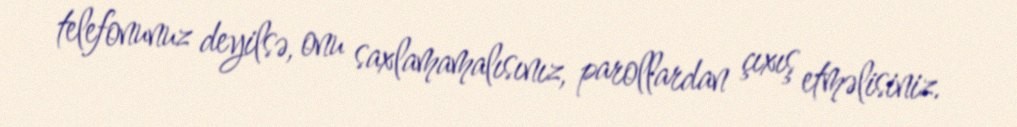
telefonunuz deyilsə, onu saxlamamalısınız, parollardan çıxış etməlisiniz.